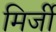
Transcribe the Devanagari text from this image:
मिर्जी